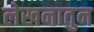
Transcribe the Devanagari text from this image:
लेखनातुन